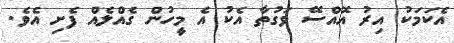
އެކަމަކު އިރު އޮއްސޭ ވަގުތާ އެކު އެ މީހުން ގެއްލެއް ފެށި އެވެ.